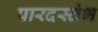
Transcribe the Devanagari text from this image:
पारदस्तंभ